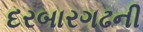
દરબારગઢની